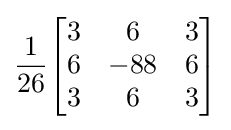
{\frac {1}{26}}{\begin{bmatrix}3&6&3\\6&-88&6\\3&6&3\end{bmatrix}}